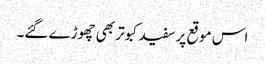
اس موقع پر سفید کبوتر بھی چھوڑے گئے۔